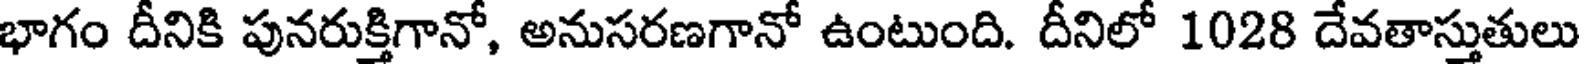
భాగం దీనికి పునరుక్తిగానో, అనుసరణగానో ఉంటుంది. దీనిలో 1028 దేవతాస్తుతులు